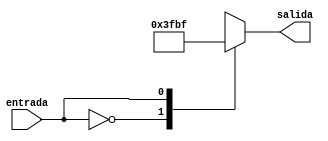
`timescale 1ns / 1ps
//////////////////////////////////////////////////////////////////////////////////
// Company: 
// Engineer: 
// 
// Design Name: 
// Module Name:    DecoNeg 
// Project Name: 
// Target Devices: 
// Tool versions: 
// Description: 
//
// Dependencies: 
//
// Revision: 
// Revision 0.01 - File Created
// Additional Comments: 
//
//////////////////////////////////////////////////////////////////////////////////
module DecoNeg(entrada, salida);
input entrada;
output reg [6:0] salida;


always @ (entrada) 

		case (entrada)
		                    //gfedcba
			8'd0 : salida = 7'b1111111;
			8'd1 : salida = 7'b0111111;
		endcase


endmodule